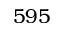
5 9 5